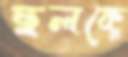
ছলকে